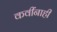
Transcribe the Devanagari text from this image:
कवींनाही